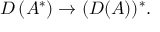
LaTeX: D \left( A ^ { * } \right) \to ( D ( A ) ) ^ { * } .